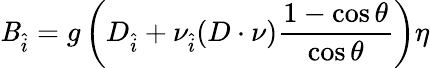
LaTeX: \mathit{B}_{\hat{{i}}}=g\left(D_{\hat{{i}}}+\nu_{\hat{{i}}}(D\cdot\nu)\frac{{1-\cos\theta}}{{\cos\theta}}\right)\eta